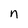
Character: n